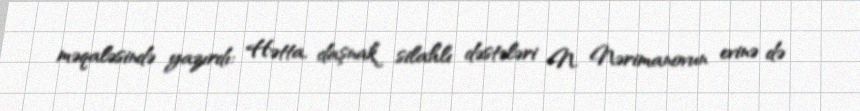
məqaləsində yazırdı: Hətta, daşnak silahlı dəstələri N. Nərimanovun evinə də